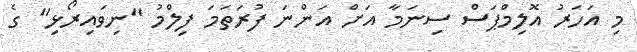
މި އަހަރު އޮލިމްޕަސް ސިނަމާ އަށް އަންނަ ފުރަތަމަ ފިލްމު "ނިވައިރޯޅި" ގެ